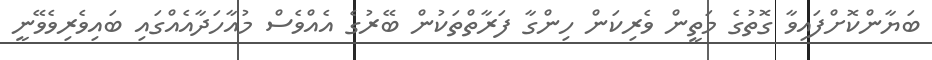
ބަޔާންކޮށްފައިވާ ގޮތުގެ މަތީން ވެރިކަން ހިންގާ ފަރާތްތަކުން ބޭރުގެ އެއްވެސް މުއާހަދާއެއްގައި ބައިވެރިވެވޭނީ